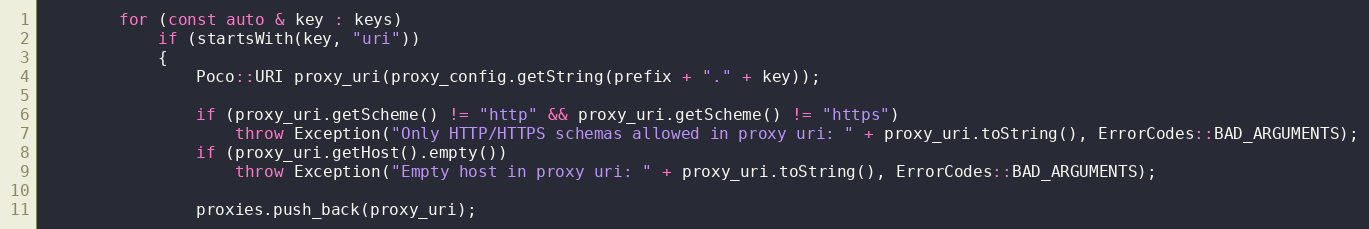
Language: C++
        for (const auto & key : keys)
            if (startsWith(key, "uri"))
            {
                Poco::URI proxy_uri(proxy_config.getString(prefix + "." + key));

                if (proxy_uri.getScheme() != "http" && proxy_uri.getScheme() != "https")
                    throw Exception("Only HTTP/HTTPS schemas allowed in proxy uri: " + proxy_uri.toString(), ErrorCodes::BAD_ARGUMENTS);
                if (proxy_uri.getHost().empty())
                    throw Exception("Empty host in proxy uri: " + proxy_uri.toString(), ErrorCodes::BAD_ARGUMENTS);

                proxies.push_back(proxy_uri);